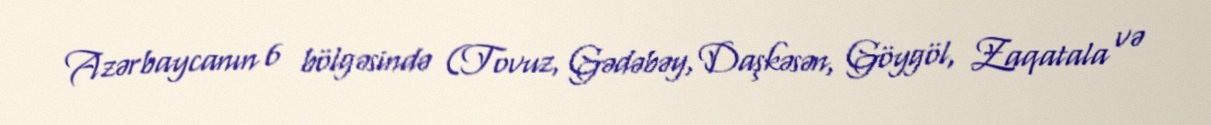
Azərbaycanın 6 bölgəsində (Tovuz, Gədəbəy, Daşkəsən, Göygöl, Zaqatala və